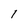
Character: I